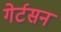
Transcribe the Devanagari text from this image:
गेर्टसन